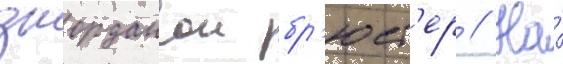
джорданои бр'юст'ер // На́